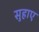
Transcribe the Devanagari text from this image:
सुहाए